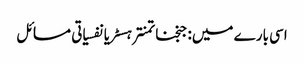
اسی بارے میں: جنجناتمنترہسٹریانفسیاتی مسائل